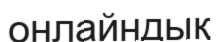
онлайндық